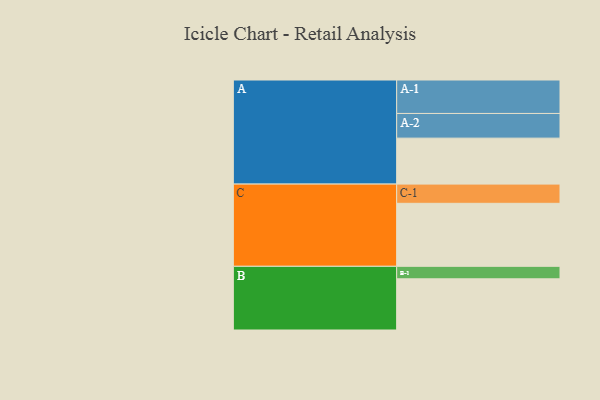
{"axis": {"x": "Segment", "y": "Value"}, "legend": ["", "A", "B", "C"], "data": [{"x": "A", "y": 397, "type": ""}, {"x": "B", "y": 442, "type": ""}, {"x": "C", "y": 544, "type": ""}, {"x": "A-1", "y": 289, "type": "A"}, {"x": "A-2", "y": 213, "type": "A"}, {"x": "B-1", "y": 108, "type": "B"}, {"x": "C-1", "y": 166, "type": "C"}]}